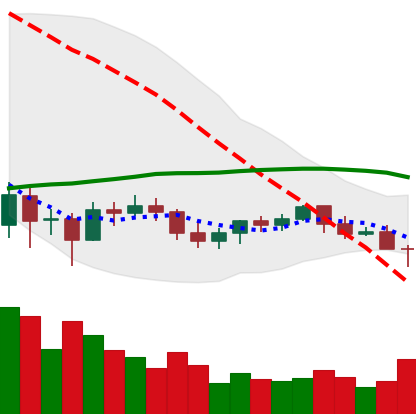
Ticker: BTC-USD
Chart end date: 2021-06-08
Forward return: 16.805%
Label: up_7plus